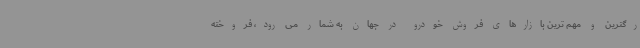
رگترین و مهم ترین بازارهای فروش خودرو در جهان به شمار می رود، فروخته